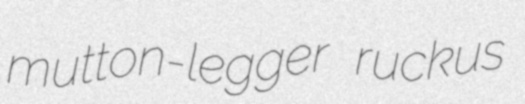
mutton-legger ruckus